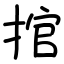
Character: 捾